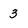
Character: 3